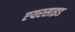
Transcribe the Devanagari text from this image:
एयरसाइड